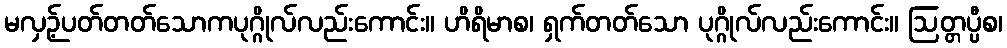
မလှဉ့်ပတ်တတ်သောကပုဂ္ဂိုလ်လည်းကောင်း။ ဟိရိမာစ၊ ရှက်တတ်သော ပုဂ္ဂိုလ်လည်းကောင်း။ ဩတ္တပ္ပီစ၊